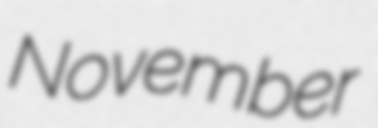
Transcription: November